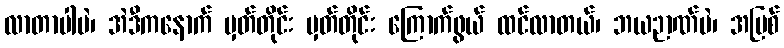
လာတာပါပဲ၊ အဲဒီကနောက် မှတ်တိုင်း မှတ်တိုင်း ကြောက်ဖွယ် ထင်လာတယ်၊ ဘယဉာဏ်ပဲ၊ အပြစ်